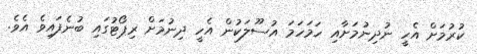
ކުރުމަށް އެހީ ނުދިނުމަށާއި ހަމަހަމަ އުސޫލަކުން އެހީ ދިނުމަށް ރިޕޯޓުގައި ބުނެފައިވެ އެވެ.